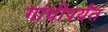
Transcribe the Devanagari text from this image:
गांधीपर्यंत